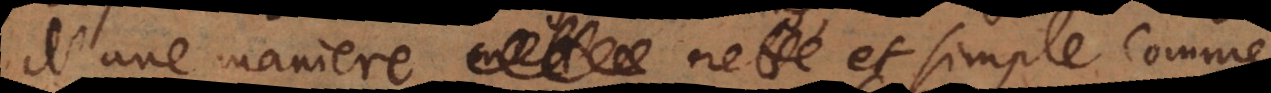
d’une maniere nette et simple comme